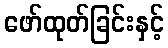
ဖော်ထုတ်ခြင်းနှင့်